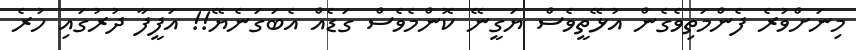
މިނަށްވުރެ ފެންމަތިވެގެން އުޅޭތީވެސް ޔަގީނޭ ކޮންމެވެސް ގަޑެއް އެބަގަނެޔޭ!! އަފީފާ ދުރުގައި ހުރެ